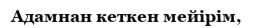
Адамнан кеткен мейірім,